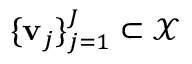
\{ \mathbf { v } _ { j } \} _ { j = 1 } ^ { J } \subset \mathcal { X }